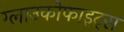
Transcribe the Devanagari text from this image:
ग्लाउकोफाइट्स